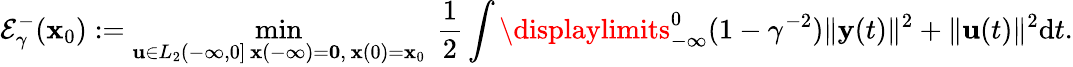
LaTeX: \mathcal{E}_{\gamma}^{-}(\mathbf{x}_{0}):=\operatorname*{min}_{\substack{\mathbf{u}\in L_{2}(-\infty,0]\, \mathbf{x}(-\infty)=\mathbf{0},\, \mathbf{x}(0)=\mathbf{x}_{0}}}\ \frac{1}{2}\int\displaylimits_{-\infty}^{0}(1-\gamma^{-2})\Vert\mathbf{y}(t)\Vert^{2}+\Vert\mathbf{u}(t)\Vert^{2}\mathrm{{d}}t.